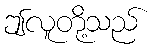
ဤလူတို့သည်